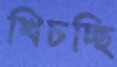
খিচচ্ছি